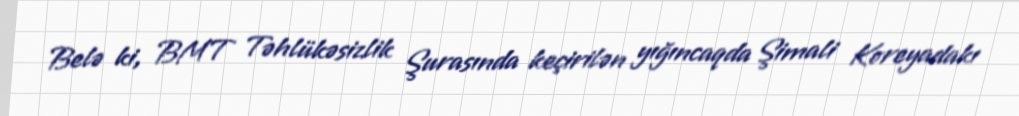
Belə ki, BMT Təhlükəsizlik Şurasında keçirilən yığıncaqda Şimali Koreyadakı